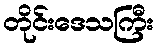
တိုင်းဒေသကြီး